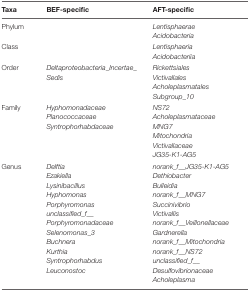
<table><thead><tr><td><b>Taxa</b></td><td><b>BEF-specific</b></td><td><b>AFT-specific</b></td></tr></thead><tbody><tr><td>Phylum</td><td>[EMPTY_CELL]</td><td><i>Lentisphaerae</i><i>Acidobacteria</i></td></tr><tr><td>Class</td><td>[EMPTY_CELL]</td><td><i>Lentisphaeria</i><i>Acidobacteriia</i></td></tr><tr><td>Order</td><td><i>Deltaproteobacteria_Incertae_ Sedis</i></td><td><i>Rickettsiales</i><i>Victivallales</i><i>Acholeplasmatales</i><i>Subgroup_10</i></td></tr><tr><td>Family</td><td><i>Hyphomonadaceae</i><i>Planococcaceae</i><i>Syntrophorhabdaceae</i></td><td><i>NS72</i><i>Acholeplasmataceae</i><i>MNG7</i><i>Mitochondria</i><i>Victivallaceae</i><i>JG35-K1-AG5</i></td></tr><tr><td>Genus</td><td><i>Delftia</i><i>Ezakiella</i><i>Lysinibacillus</i><i>Hyphomonas</i><i>Porphyromonas</i><i>unclassified_f__ Porphyromonadaceae</i><i>Selenomonas_3</i><i>Buchnera</i><i>Kurthia</i><i>Syntrophorhabdus</i><i>Leuconostoc</i></td><td><i>norank_f__JG35-K1-AG5</i><i>Dethiobacter</i><i>Bulleidia</i><i>norank_f__MNG7</i><i>Succinivibrio</i><i>Victivallis</i><i>norank_f__Veillonellaceae</i><i>Gardnerella</i><i>norank_f__Mitochondria</i><i>norank_f__NS72</i><i>unclassified_f__ Desulfovibrionaceae</i><i>Acholeplasma</i></td></tr></tbody></table>